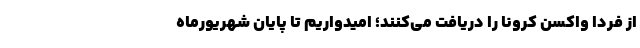
از فردا واکسن کرونا را دریافت می‌کنند؛ امیدواریم تا پایان شهریورماه